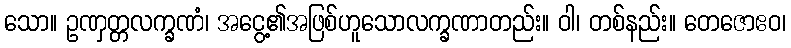
သော။ ဥဏှတ္တလက္ခဏံ၊ အငွေ့၏အဖြစ်ဟူသောလက္ခဏာတည်း။ ဝါ၊ တစ်နည်း။ တေဇောဧဝ၊